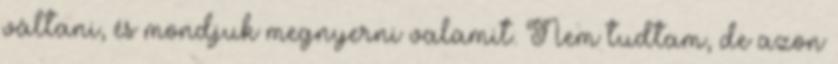
váltani, és mondjuk megnyerni valamit. Nem tudtam, de azon